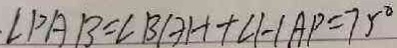
\cdot \angle P A B = \angle B A H + \angle H A P = 7 5 ^ { \circ }